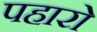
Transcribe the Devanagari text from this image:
पहारो